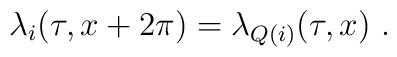
\lambda_i(\tau,x+2\pi) = \lambda_{Q(i)}(\tau,x)~.